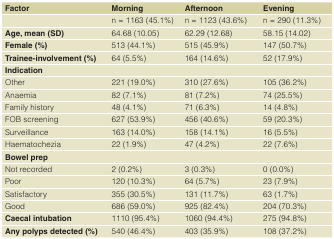
| Factor | Morning | Afternoon | Evening |
 | --- | --- | --- | --- |
 |  | n = 1163 (45.1%) | n = 1123 (43.6%) | n = 290 (11.3%) |
 | Age, mean (SD) | 64.68 (10.05) | 62.29 (12.68) | 58.15 (14.02) |
 | Female (%) | 513 (44.1%) | 515 (45.9%) | 147 (50.7%) |
 | Trainee-involvement (%) | 64 (5.5%) | 164 (14.6%) | 52 (17.9%) |
 | Indication | <COLSPAN=3>  |
 | Other | 221 (19.0%) | 310 (27.6%) | 105 (36.2%) |
 | Anaemia | 82 (7.1%) | 81 (7.2%) | 74 (25.5%) |
 | Family history | 48 (4.1%) | 71 (6.3%) | 14 (4.8%) |
 | FOB screening | 627 (53.9%) | 456 (40.6%) | 59 (20.3%) |
 | Surveillance | 163 (14.0%) | 158 (14.1%) | 16 (5.5%) |
 | Haematochezia | 22 (1.9%) | 47 (4.2%) | 22 (7.6%) |
 | Bowel prep | <COLSPAN=3>  |
 | Not recorded | 2 (0.2%) | 3 (0.3%) | 0 (0.0%) |
 | Poor | 120 (10.3%) | 64 (5.7%) | 23 (7.9%) |
 | Satisfactory | 355 (30.5%) | 131 (11.7%) | 63 (1.7%) |
 | Good | 686 (59.0%) | 925 (82.4%) | 204 (70.3%) |
 | Caecal intubation | 1110 (95.4%) | 1060 (94.4%) | 275 (94.8%) |
 | Any polyps detected (%) | 540 (46.4%) | 403 (35.9%) | 108 (37.2%) |